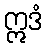
ဣဒံ